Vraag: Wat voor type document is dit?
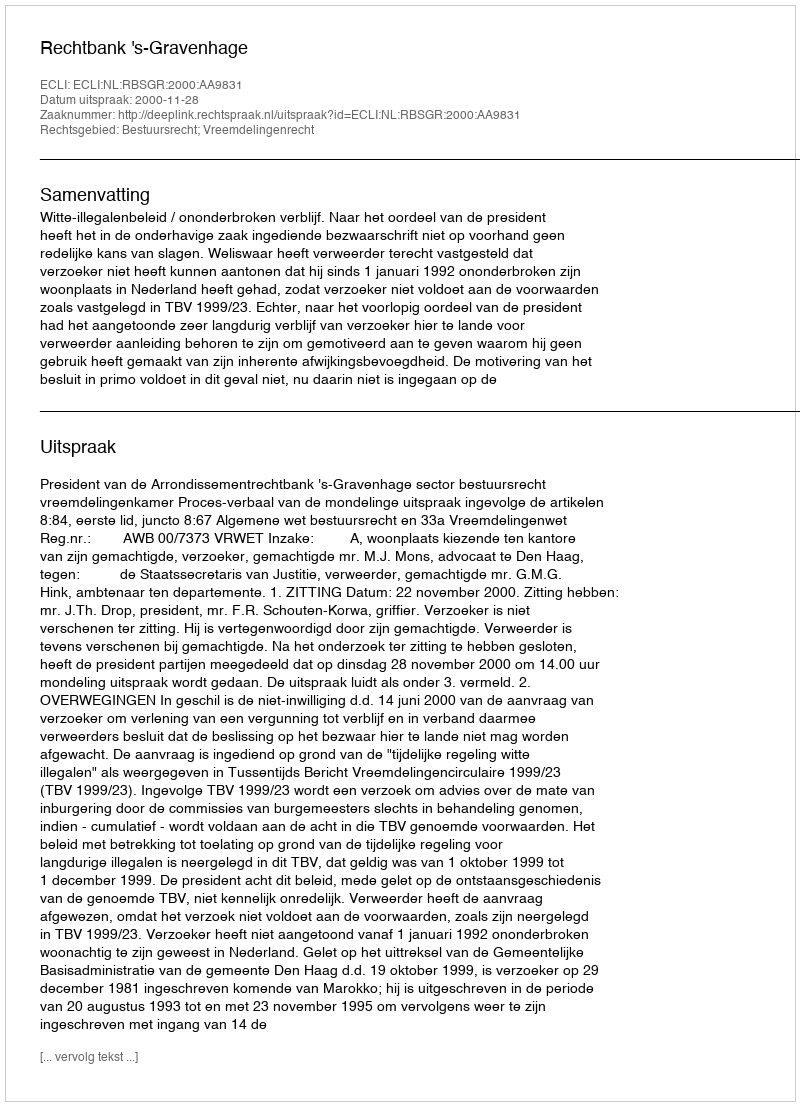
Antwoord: Uitspraak